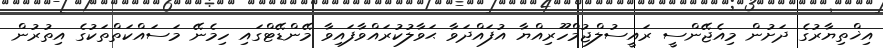
އިޚްތިޔާރުގެ ދަށުން މިއެޖޭންސީ ރައީސުލްޖުމްހޫރިއްޔާ އުފައްދަވާ ޙަވާލުކުރައްވާފައިވާ މޭންޑޭޓްގައި ހިމެނޭ މަސައްކަތްތަކުގެ އިތުރުން